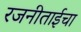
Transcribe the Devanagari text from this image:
रजनीताईचा